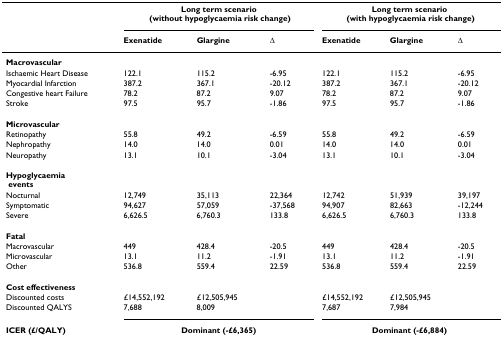
<table><thead><tr><td></td><td colspan="3"><b>Long term scenario (without hypoglycaemia risk change)</b></td><td colspan="3"><b>Long term scenario (with hypoglycaemia risk change)</b></td></tr><tr><td></td><td><b>Exenatide</b></td><td><b>Glargine</b></td><td><b>Δ</b></td><td><b>Exenatide</b></td><td><b>Glargine</b></td><td><b>Δ</b></td></tr></thead><tbody><tr><td><b>Macrovascular</b></td><td></td><td></td><td></td><td></td><td></td><td></td></tr><tr><td>Ischaemic Heart Disease</td><td>122.1</td><td>115.2</td><td>-6.95</td><td>122.1</td><td>115.2</td><td>-6.95</td></tr><tr><td>Myocardial Infarction</td><td>387.2</td><td>367.1</td><td>-20.12</td><td>387.2</td><td>367.1</td><td>-20.12</td></tr><tr><td>Congestive heart Failure</td><td>78.2</td><td>87.2</td><td>9.07</td><td>78.2</td><td>87.2</td><td>9.07</td></tr><tr><td>Stroke</td><td>97.5</td><td>95.7</td><td>-1.86</td><td>97.5</td><td>95.7</td><td>-1.86</td></tr><tr><td><b>Microvascular</b></td><td></td><td></td><td></td><td></td><td></td><td></td></tr><tr><td>Retinopathy</td><td>55.8</td><td>49.2</td><td>-6.59</td><td>55.8</td><td>49.2</td><td>-6.59</td></tr><tr><td>Nephropathy</td><td>14.0</td><td>14.0</td><td>0.01</td><td>14.0</td><td>14.0</td><td>0.01</td></tr><tr><td>Neuropathy</td><td>13.1</td><td>10.1</td><td>-3.04</td><td>13.1</td><td>10.1</td><td>-3.04</td></tr><tr><td><b>Hypoglycaemia</b><b> events</b></td><td></td><td></td><td></td><td></td><td></td><td></td></tr><tr><td>Nocturnal</td><td>12,749</td><td>35,113</td><td>22,364</td><td>12,742</td><td>51,939</td><td>39,197</td></tr><tr><td>Symptomatic</td><td>94,627</td><td>57,059</td><td>-37,568</td><td>94,907</td><td>82,663</td><td>-12,244</td></tr><tr><td>Severe</td><td>6,626.5</td><td>6,760.3</td><td>133.8</td><td>6,626.5</td><td>6,760.3</td><td>133.8</td></tr><tr><td><b>Fatal</b></td><td></td><td></td><td></td><td></td><td></td><td></td></tr><tr><td>Macrovascular</td><td>449</td><td>428.4</td><td>-20.5</td><td>449</td><td>428.4</td><td>-20.5</td></tr><tr><td>Microvascular</td><td>13.1</td><td>11.2</td><td>-1.91</td><td>13.1</td><td>11.2</td><td>-1.91</td></tr><tr><td>Other</td><td>536.8</td><td>559.4</td><td>22.59</td><td>536.8</td><td>559.4</td><td>22.59</td></tr><tr><td><b>Cost effectiveness</b></td><td></td><td></td><td></td><td></td><td></td><td></td></tr><tr><td>Discounted costs</td><td>£14,552,192</td><td>£12,505,945</td><td></td><td>£14,552,192</td><td>£12,505,945</td><td></td></tr><tr><td>Discounted QALYS</td><td>7,688</td><td>8,009</td><td></td><td>7,687</td><td>7,984</td><td></td></tr><tr><td><b>ICER (£/QALY)</b></td><td colspan="3"><b>Dominant (-£6,365)</b></td><td colspan="3"><b>Dominant (-£6,884)</b></td></tr></tbody></table>